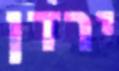
ירדן